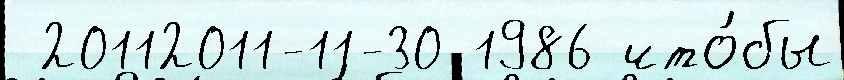
 20112011-11-30 1986 что́бы